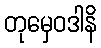
တုမှေဝဒါနိ